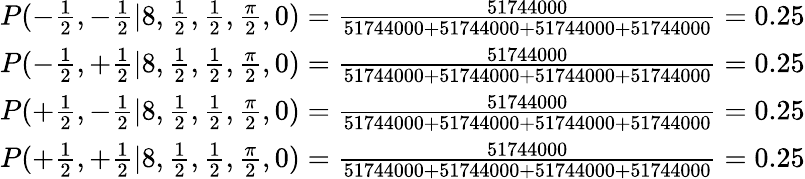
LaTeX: \begin{array}{cc}{P(-\frac{1}{2},-\frac{1}{2}|8,\frac{1}{2},\frac{1}{2},\frac{\pi}{2},0)=\frac{51744000}{51744000+51744000+51744000+51744000}=0.25}\\ {P(-\frac{1}{2},+\frac{1}{2}|8,\frac{1}{2},\frac{1}{2},\frac{\pi}{2},0)=\frac{51744000}{51744000+51744000+51744000+51744000}=0.25}\\ {P(+\frac{1}{2},-\frac{1}{2}|8,\frac{1}{2},\frac{1}{2},\frac{\pi}{2},0)=\frac{51744000}{51744000+51744000+51744000+51744000}=0.25}\\ {P(+\frac{1}{2},+\frac{1}{2}|8,\frac{1}{2},\frac{1}{2},\frac{\pi}{2},0)=\frac{51744000}{51744000+51744000+51744000+51744000}=0.25}\end{array}